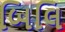
બિલિ